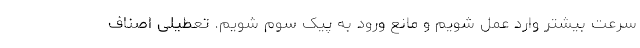
سرعت بیشتر وارد عمل شویم و مانع ورود به پیک سوم شویم. تعطیلی اصناف